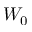
W _ { 0 }